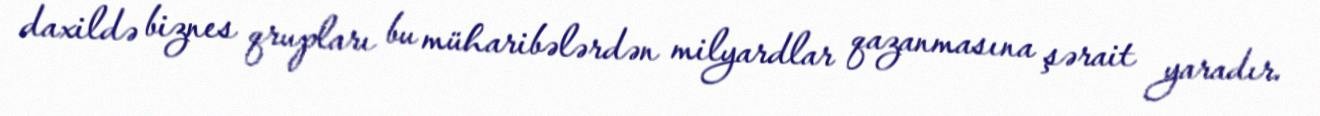
daxildə biznes qrupları bu müharibələrdən milyardlar qazanmasına şərait yaradır.